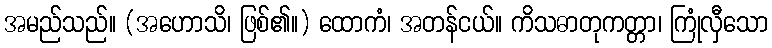
အမည်သည်။ (အဟောသိ၊ ဖြစ်၏။) ထောကံ၊ အတန်ငယ်။ ကိသဓာတုကတ္တာ၊ ကြုံလှီသော